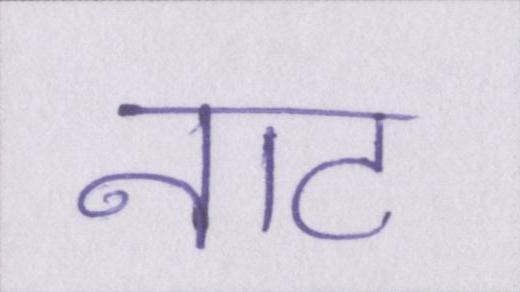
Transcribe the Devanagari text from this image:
नाट